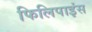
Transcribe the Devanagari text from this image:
फिलिपाइंस